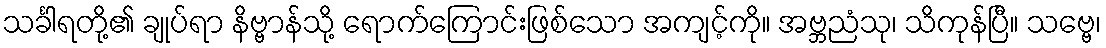
သင်္ခါရတို့၏ ချုပ်ရာ နိဗ္ဗာန်သို့ ရောက်ကြောင်းဖြစ်သော အကျင့်ကို။ အဗ္ဘညံသု၊ သိကုန်ပြီ။ သဗ္ဗေ၊